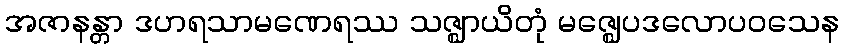
အဇာနန္တာ ဒဟရသာမဏေရဿ သဇ္ဈာယိတုံ မဇ္ဈေပဒလောပဝသေန